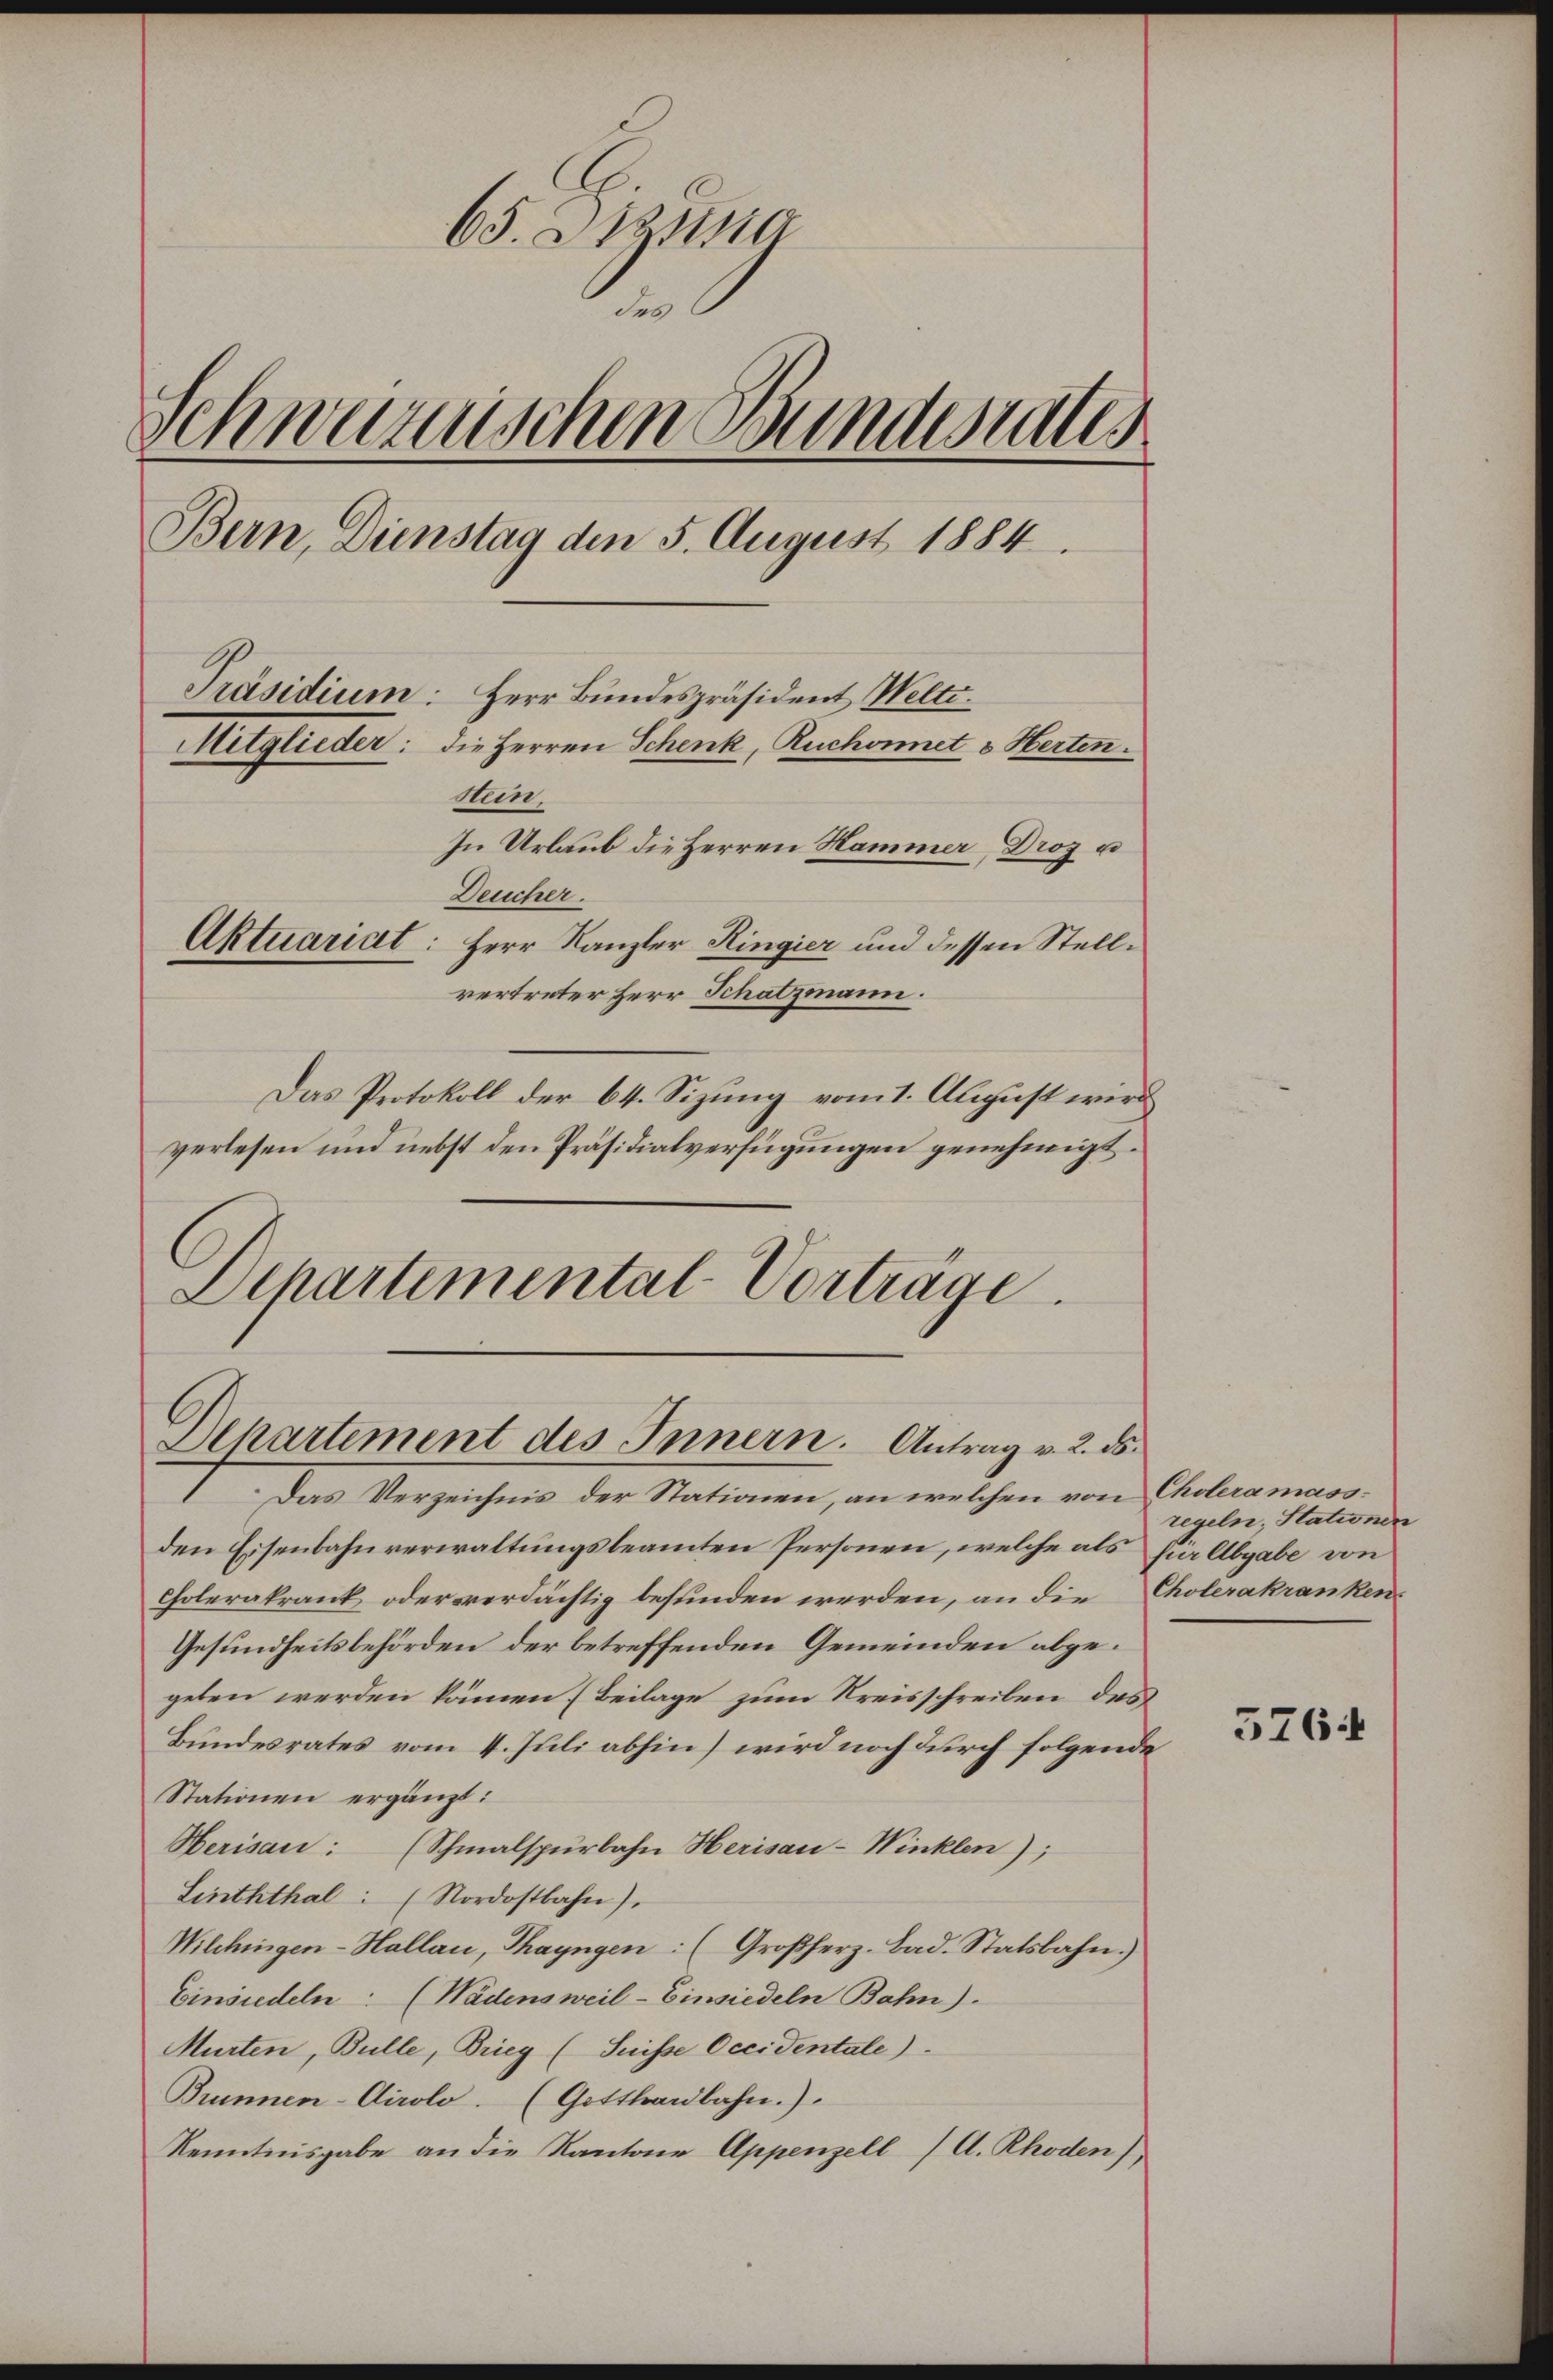
65. 2 na
des
Schwarzerischen Bundesrates
Bern, Dienstag den 5. August 1884.
Präsidium: Herr Bundespräsident Weltr.
Mitglieder: die Herren Schenk, Ruchonnet v. Herten.
min.
In Urlaub die Herren Hammer, Droz u
Deucher.
Aktuariat: Herr Kanzler Ringier und dessen Stellvertreter Herr Schatzmann.
Das Protokoll der 64. Sizung vom 1. August wird

verlesen und nebst den Präsidialverfügungen genehmigt.
Departemental-Vorträge.

Separtement des Innern. Antrag v. 2. ds.

Das Verzeichnis der Stationen, an welchen von Choleramassden Eisenbahnverwaltungsbeamten Personen, welche als für Abgabe von
Cholerakrank oder verdächtig befunden werden, an die Cholerakranken¬
Gesundheitsbehörden der betreffenden Gemeinden abgegeben werden können (Beilage zum Kreisschreiben des
Bundesrates vom 1. Juli abhin) wird noch durch folgende
Stationen ergänzt:
Herisau: (Schmalspürbahn Herisau-Winklen);
Linththal: (Nordostbahn).
Wilchingen-Hallau, Thayngen: (Großherz- Bad. Statsbahn.
Einsiedeln: (Wädensweil–Einsiedeln Bahn).
Murten, Bulle, Brieg (Suisse Occidentale)
Brunnen-Cirolo. (Gotthardbahn.).
Kenntnisgabe an die Kantone Appenzell A. Rhoden),

regeln, Stationen

576: